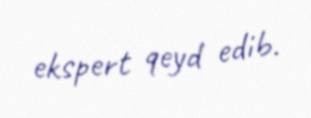
ekspert qeyd edib.